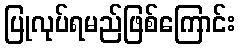
ပြုလုပ်ရမည်ဖြစ်ကြောင်း